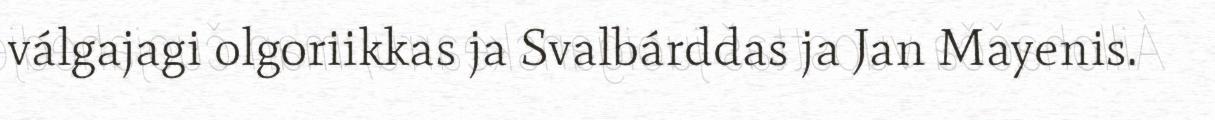
válgajagi olgoriikkas ja Svalbárddas ja Jan Mayenis.